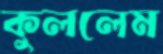
কুললেম